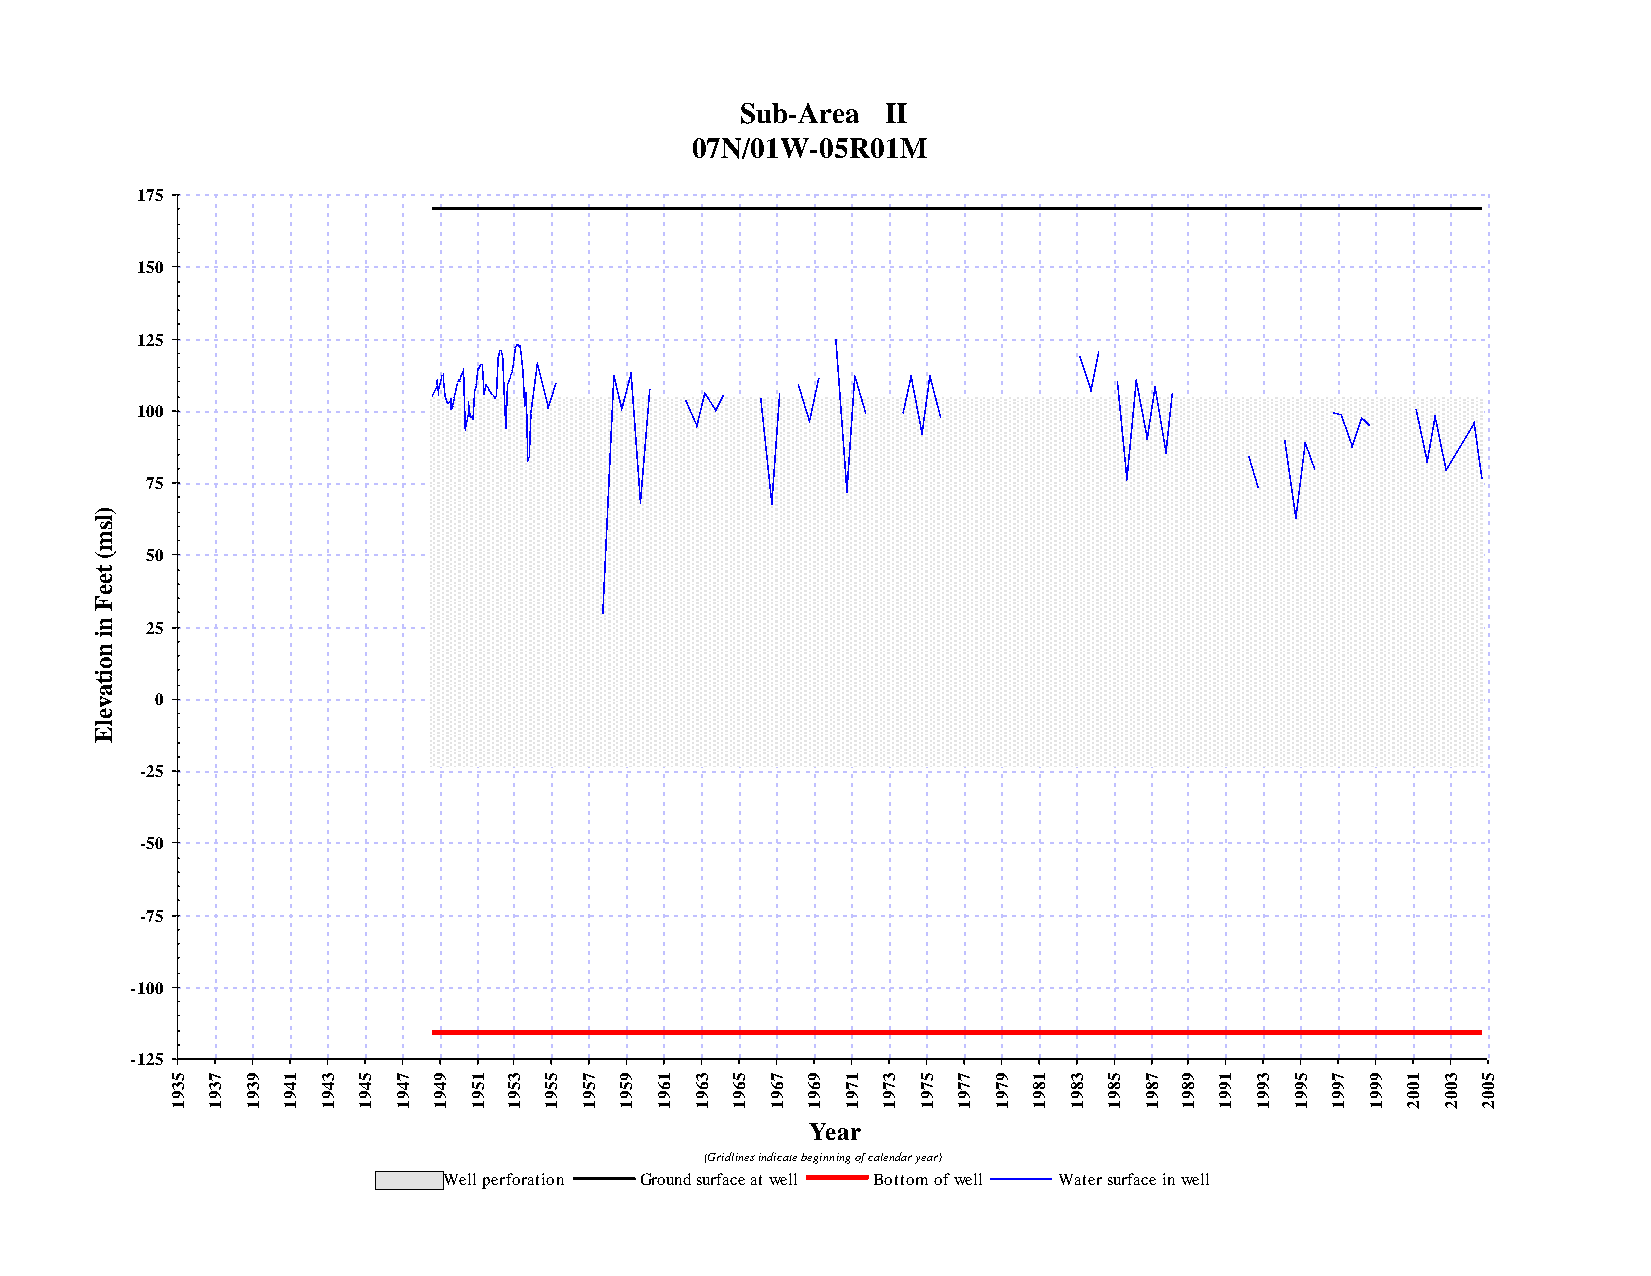
Sub-Area  II
 07N/01W-05R01M
 175
 150
 125
 100
 75
 )
 l
 s
 m
 (   50
 t
 e
 e
 F
 n   25
 i
 n
 o
 i
 t
 a
 v   0
 e
 l
 E
 -25
 -50
 -75
 -100
 -125
 5  7 9  1 3  5 7  9 1  3 5 7  9 1  3 5  7 9  1 3  5 7  9 1  3 5  7 9  1 3  5 7  9 1  3 5
 3  3 3  4 4  4 4  4 5  5 5 5  5 6  6 6  6 6  7 7  7 7  7 8  8 8  8 8  9 9  9 9  9 0  0 0
 9  9 9  9 9  9 9  9 9  9 9 9  9 9  9 9  9 9  9 9  9 9  9 9  9 9  9 9  9 9  9 9  9 0  0 0
 1  1 1  1 1  1 1  1 1  1 1 1  1 1  1 1  1 1  1 1  1 1  1 1  1 1  1 1  1 1  1 1  1 2  2 2
 Year
 (Gridlines indicate beginning of calendar year)
 Well perforation Ground surface at well Bottom of well Water surface in well